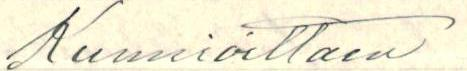
Kunnioittaen